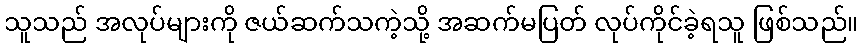
သူသည် အလုပ်များကို ဇယ်ဆက်သကဲ့သို့ အဆက်မပြတ် လုပ်ကိုင်ခဲ့ရသူ ဖြစ်သည်။